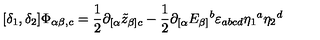
[ \delta _ { 1 } , \delta _ { 2 } ] \Phi _ { \alpha \beta , c } = \frac { 1 } { 2 } \partial _ { [ \alpha } \tilde { z } _ { \beta ] c } - \frac { 1 } { 2 } \partial _ { [ \alpha } E _ { \beta ] } { } ^ { b } \varepsilon _ { a b c d } \eta _ { 1 } { } ^ { a } \eta _ { 2 } { } ^ { d }